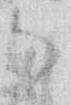
御